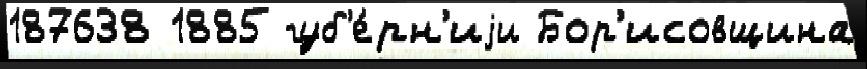
187638 1885 губ'е́рн'иjи Бор'исовщина